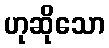
ဟုဆိုသော